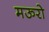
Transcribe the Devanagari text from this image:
मऊरो